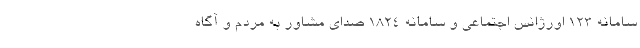
سامانه ۱۲۳ اورژانس اجتماعی و سامانه ۱۸۲۴ صدای مشاور به مردم و آگاه